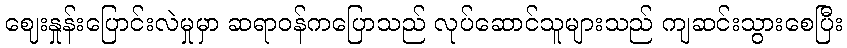
ဈေးနှုန်းပြောင်းလဲမှုမှာ ဆရာဝန်ကပြောသည် လုပ်ဆောင်သူများသည် ကျဆင်းသွားစေပြီး